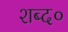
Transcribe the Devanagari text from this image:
शब्द०